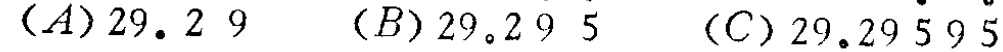
$(A)29.29\quad (B)29.295\quad (C)29.29\dot{5}9\dot{5}$